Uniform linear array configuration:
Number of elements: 8
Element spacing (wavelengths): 0.5
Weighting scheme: kaiser
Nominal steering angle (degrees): -15
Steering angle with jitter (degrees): -15.017
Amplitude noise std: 0.05
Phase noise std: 0.05

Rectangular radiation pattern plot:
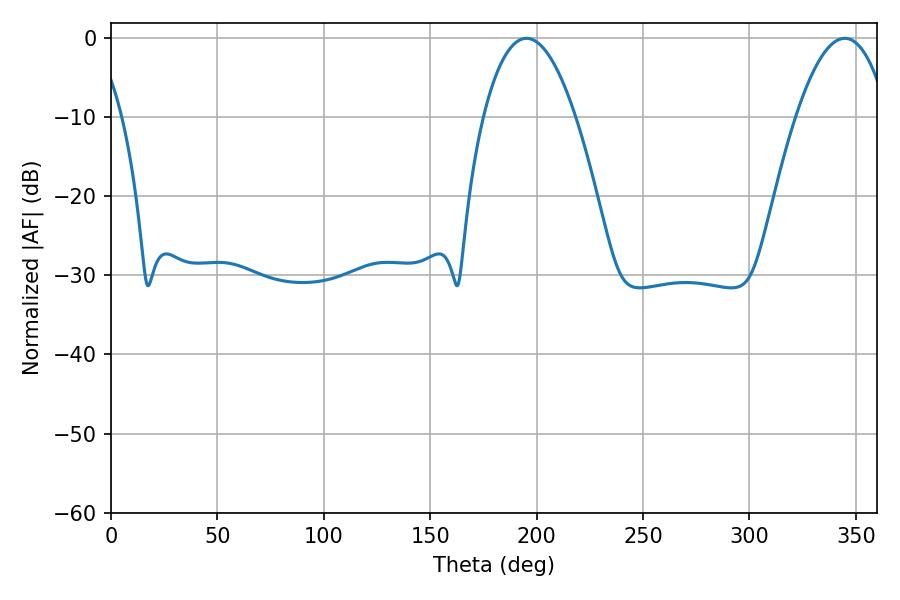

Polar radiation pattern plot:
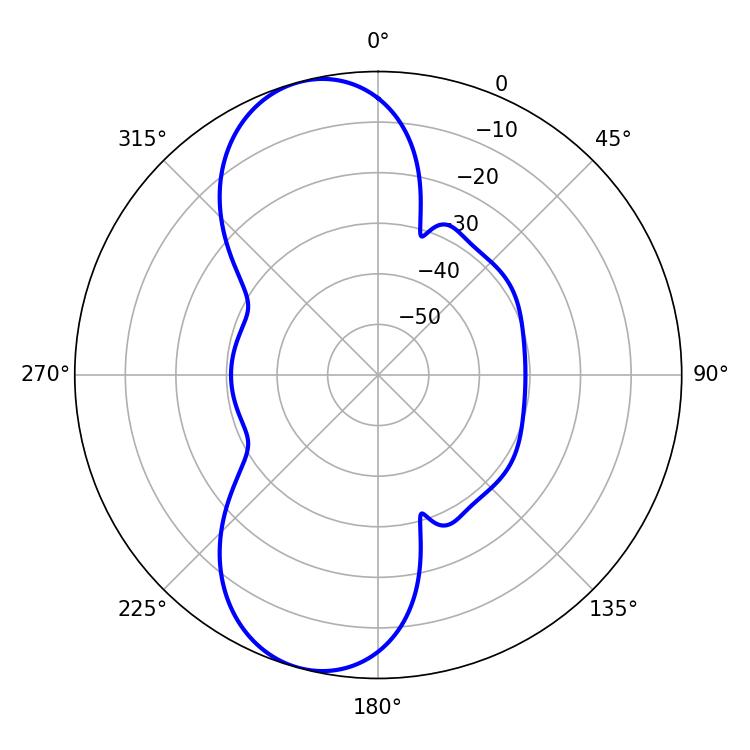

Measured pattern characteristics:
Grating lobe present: FALSE
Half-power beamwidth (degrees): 23.94
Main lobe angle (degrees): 344.7